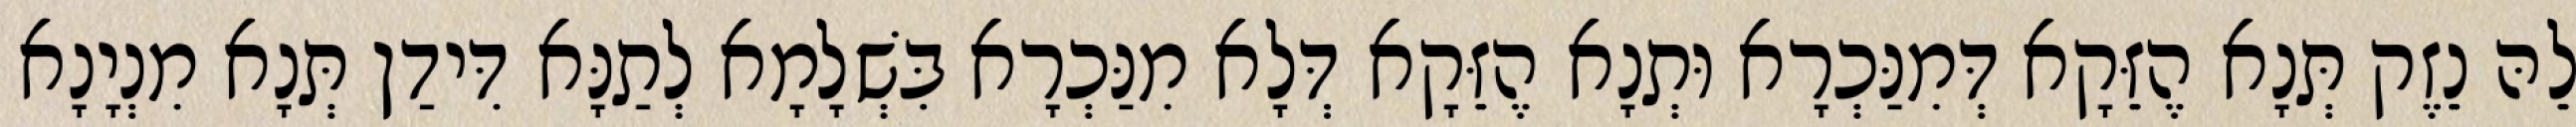
לֵהּ נֵזֶק תְּנָא הֶזֵּקָא דְּמִנַּכְרָא וּתְנָא הֶזֵּקָא דְּלָא מִנַּכְרָא בִּשְׁלָמָא לְתַנָּא דִּידַן תְּנָא מִנְיָנָא